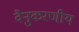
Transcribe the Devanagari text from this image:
वैनुकरणीय